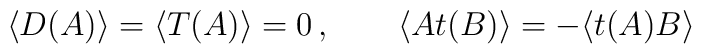
\langle D (A)\rangle =\langle T (A)\rangle =0\,,\qquad\langle At (B)\rangle =-\langle t (A) B\rangle